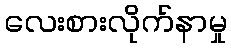
လေးစားလိုက်နာမှု